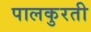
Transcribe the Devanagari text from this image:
पालकुरती